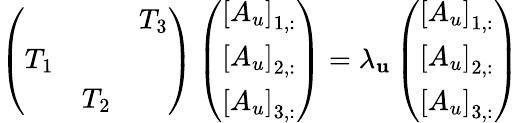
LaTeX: \left(\begin{array}{lll}&&{T_{3}}\\ {T_{1}}&&\\ &{T_{2}}&\end{array}\right)\left(\begin{array}{l}{\left[A_{u}\right]_{1,:}}\\ {\left[A_{u}\right]_{2,:}}\\ {\left[A_{u}\right]_{3,:}}\end{array}\right)=\lambda_{\mathbf{u}}\left(\begin{array}{l}{\left[A_{u}\right]_{1,:}}\\ {\left[A_{u}\right]_{2,:}}\\ {\left[A_{u}\right]_{3,:}}\end{array}\right)